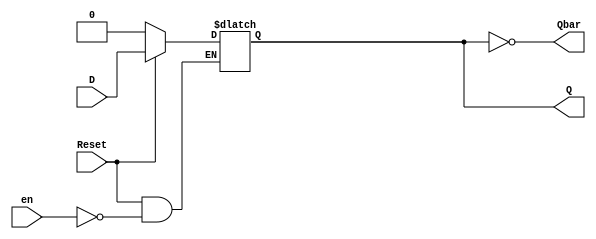
`timescale 1ns/10ps
module DFF( Q,Qbar,D,en,Reset);
output reg Q;
output Qbar;
input D,en,Reset;
always @ (en or Reset or D) 
if (!Reset) 
Q <= 0; 
else 
if (en) 
Q <= D; 
assign Qbar = ~Q;
endmodule